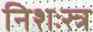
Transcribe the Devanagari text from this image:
निशःस्त्र